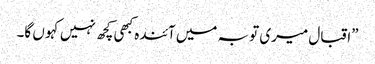
”اقبال میری تو بہ میں آئندہ کبھی کچھ نہیں کہو ں گا۔